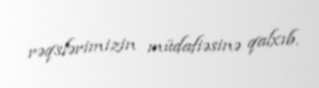
rəqslərimizin müdafiəsinə qalxıb.